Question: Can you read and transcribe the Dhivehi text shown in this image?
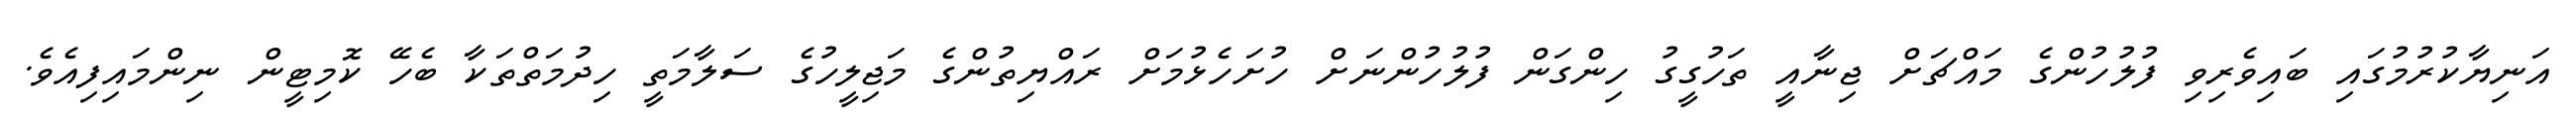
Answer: އަނިޔާކުރުމުގައި ބައިވެރިވި ފުލުހުންގެ މައްޗަށް ޖިނާއީ ތަހުގީގު ހިންގަން ފުލުހުންނަށް ހުށަހެޅުމަށް ރައްޔިތުންގެ މަޖިލީހުގެ ސަލާމަތީ ހިދުމަތްތަކާ ބެހޭ ކޮމިޓީން ނިންމައިފިއެވެ.